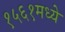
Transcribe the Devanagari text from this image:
१५६१मध्ये